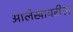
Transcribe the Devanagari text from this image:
आलेखावरील